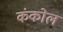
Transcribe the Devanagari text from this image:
कंकोल